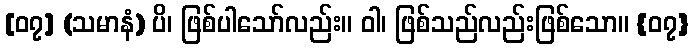
[၀၇] (သမာနံ) ပိ၊ ဖြစ်ပါသော်လည်း။ ဝါ၊ ဖြစ်သည်လည်းဖြစ်သော။ {၀၇}